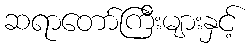
ဆရာတော်ကြီးများနှင့်